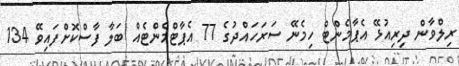
ރިލްވާން ދިރިއުޅޭ އެޕާމެންޓް ހިމެނޭ ސަރަހައްދުގެ 77 އެޕާޓްމެންޓެއް ބަލާ ފާސްކޮށްފައިވޭ 134